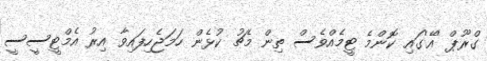
ގްރޫޕް 'އޭ'ގައި ކޮންމެ ޓީމެއްވެސް ތިން މެޗު ކުޅެން ހަމަޖެހިފައިވާ އިރު އެމްޓީސީސީ